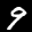
Label: 9